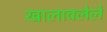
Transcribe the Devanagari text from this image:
खालावलेले